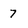
Character: 7